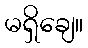
မရှိချေ။